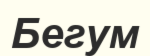
Бегум